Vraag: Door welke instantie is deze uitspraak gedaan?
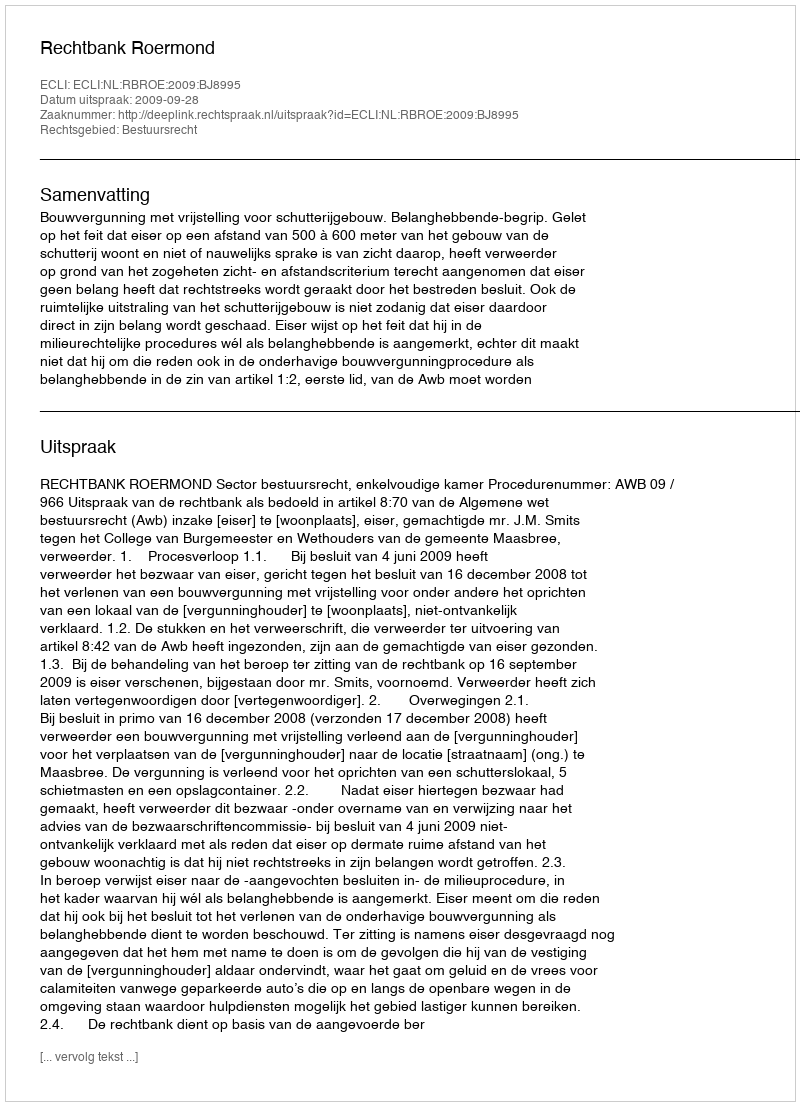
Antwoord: Rechtbank Roermond